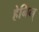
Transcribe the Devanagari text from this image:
हेनिन्